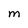
Character: M